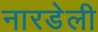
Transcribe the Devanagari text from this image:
नारडेली